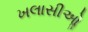
ખલાસીઓૢ